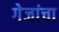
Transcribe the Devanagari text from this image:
गेजांचा